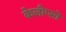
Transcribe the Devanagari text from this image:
केलीप्सो